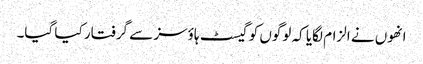
انھوں نے الزام لگایا کہ لوگوں کو گیسٹ ہاؤسز سے گرفتار کیا گیا۔